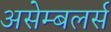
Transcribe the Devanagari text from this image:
असेम्बलर्स